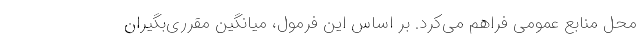
محل منابع عمومی فراهم می‌کرد. بر اساس این فرمول، میانگین مقرری‌بگیران